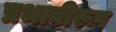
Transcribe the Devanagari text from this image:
प्रभावीरूप